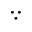
\because